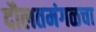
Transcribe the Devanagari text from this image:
दौलतमंगळचा